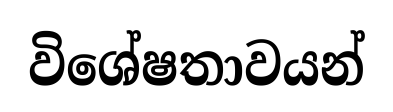
විශේෂතාවයන්